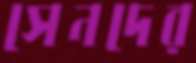
সেনদের